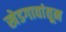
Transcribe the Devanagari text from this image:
खेडगावांतून